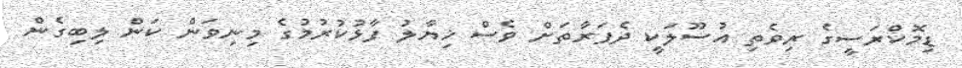
ޑިމޮކްރަސީގެ ރިވެތި އުސޫލަކީ ދެފަރާތަށް ވެސް ޚިޔާލު ފާޅުކުުރުމުގެ މިނިވަން ކަން ލިބިގެން